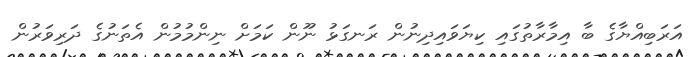
އަރަބިއްޔާގެ ބާ އިމާރާތުގައި ކިޔަވައިދިނުން ރަނގަޅު ނޫން ކަމަށް ނިންމުމުން އެތަނުގެ ދަރިވަރުން